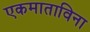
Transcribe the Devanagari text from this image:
एकमाताविना